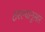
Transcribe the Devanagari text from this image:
ठरल्यानुसार